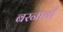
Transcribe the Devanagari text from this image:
बरनाबी